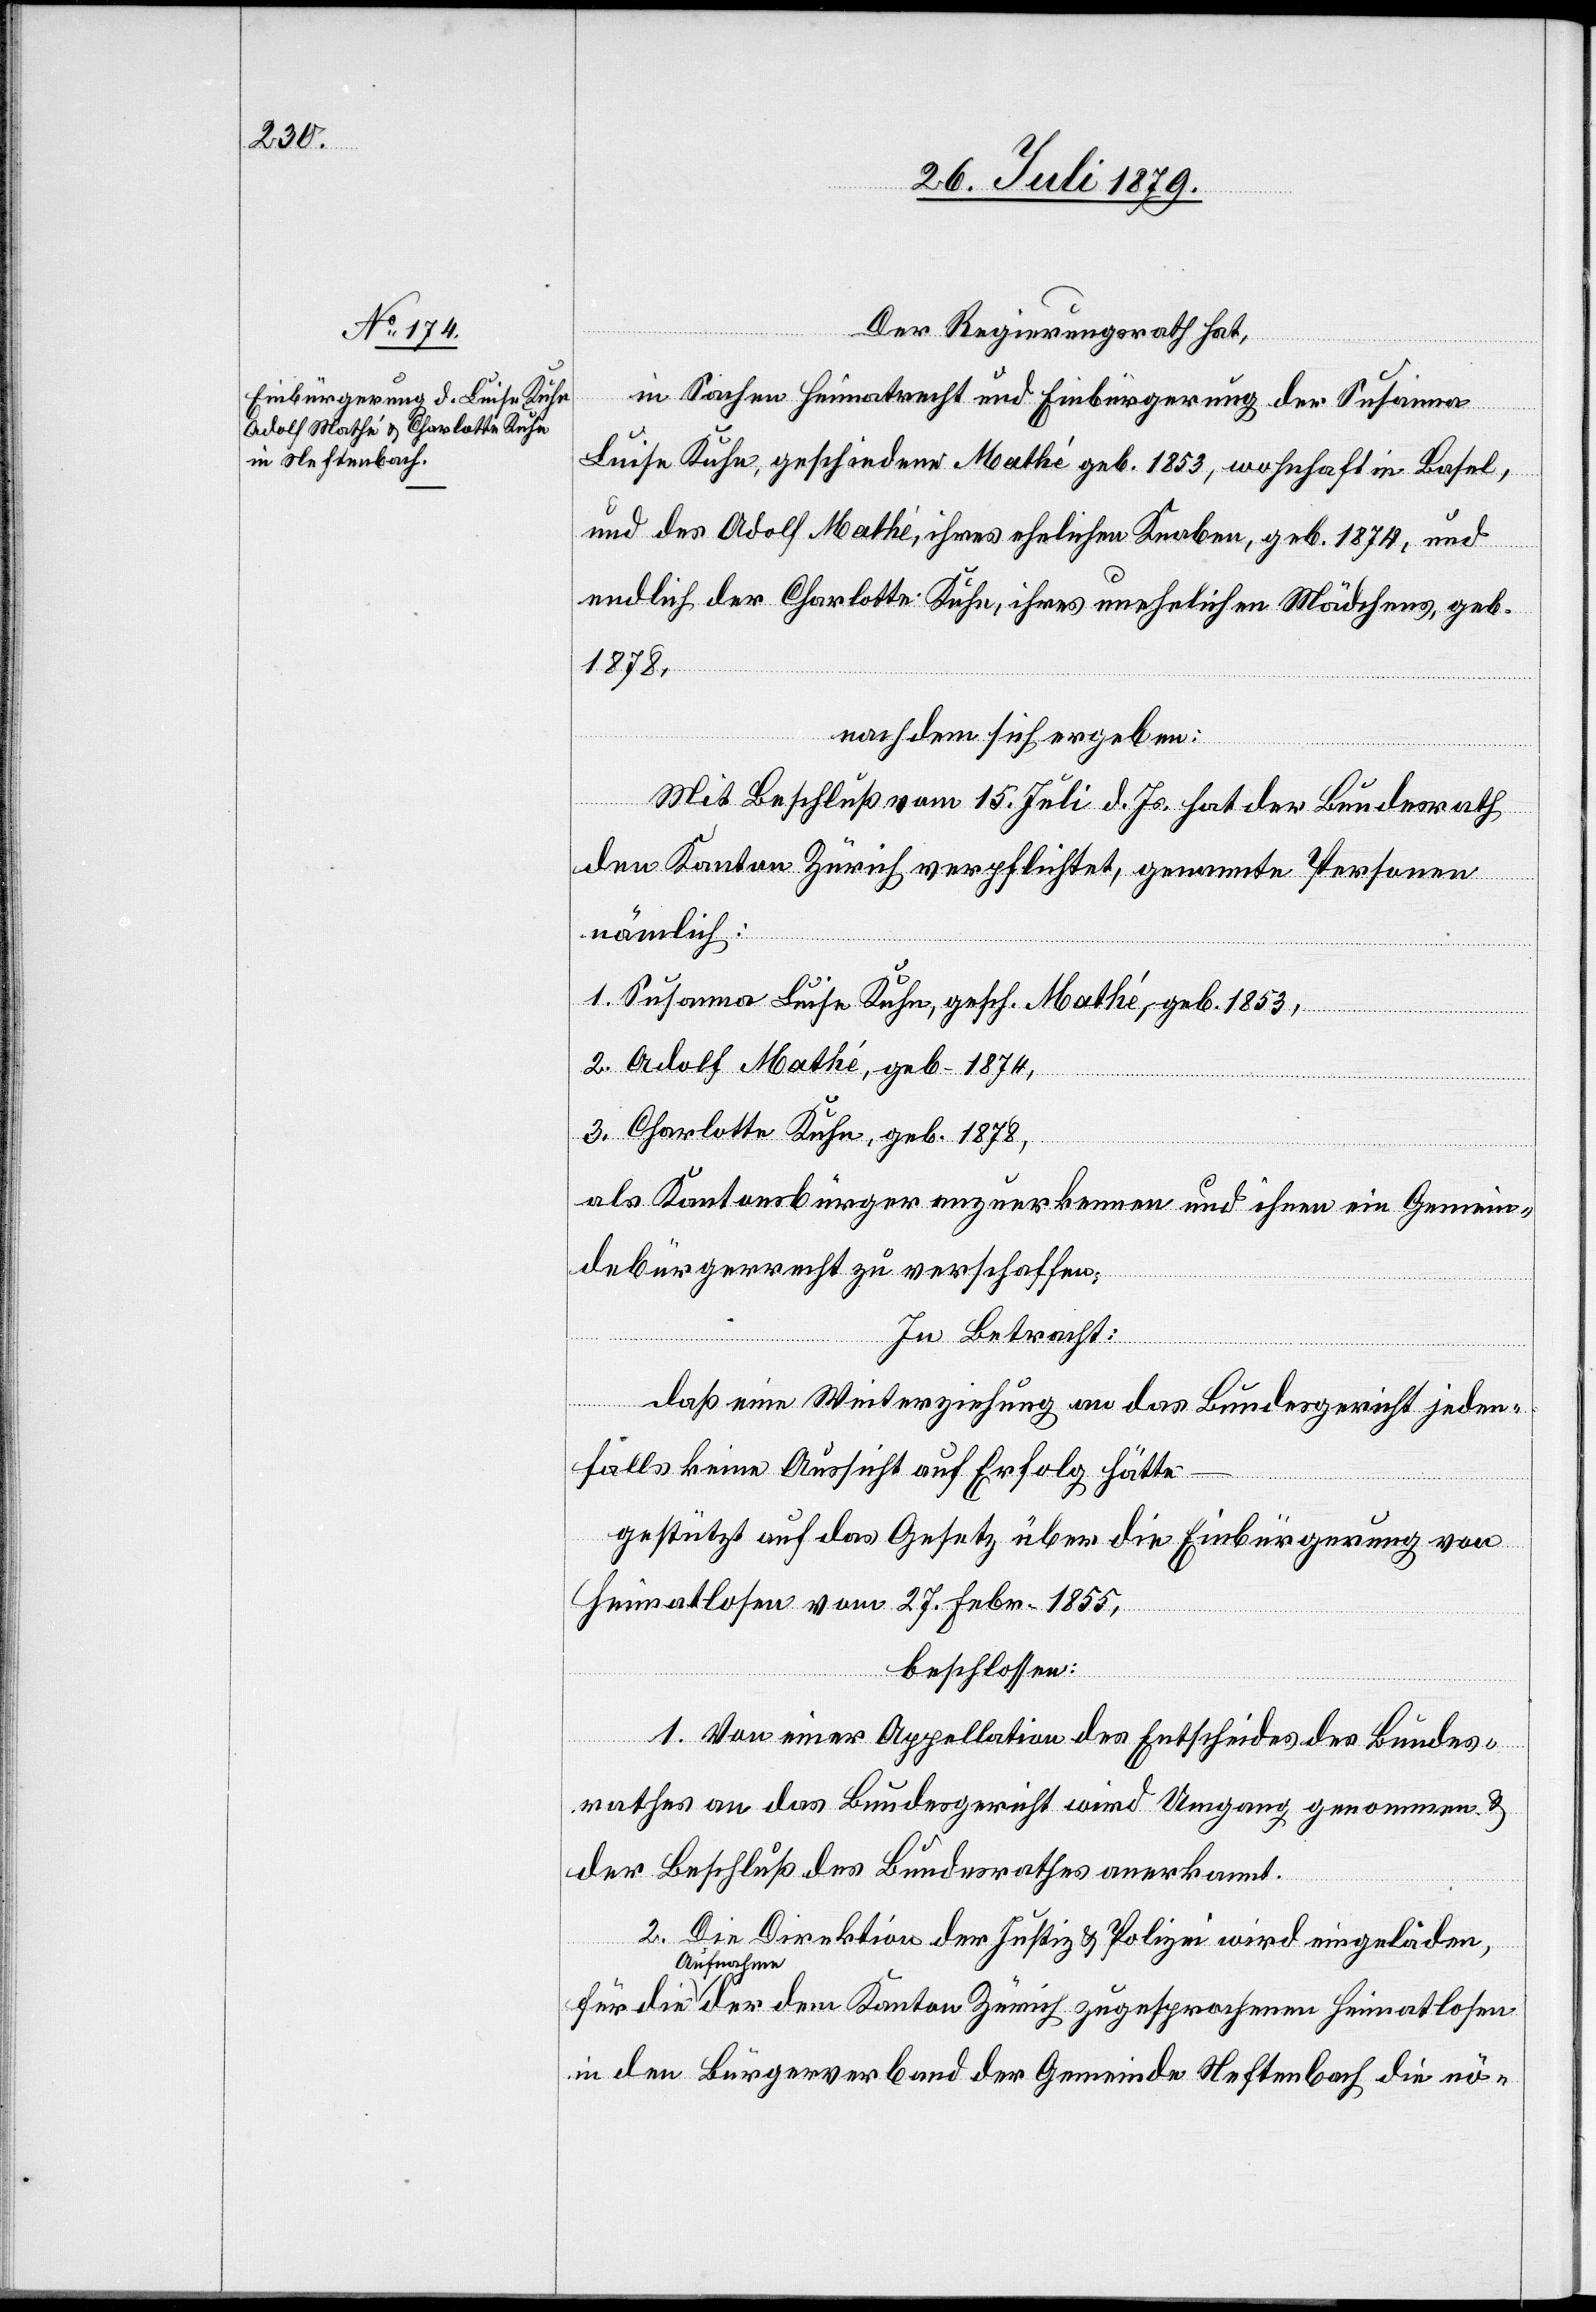
Der Regierungsrath hat,
in Sachen Heimatrecht und Einbürgerung der Susanna
Luise Kuhn, geschiedene Mathé geb. 1853, wohnhaft in Basel,
und des Adolf Mathé, ihres ehelichen Knaben, geb. 1874, und
Heimatlosen
endlich der Charlotte Kuhn, ihres unehelichen Mädchens, geb.
1878,
nachdem sich ergeben:
Mit Beschluß vom 15. Juli d. Js. hat der Bundesrath
den Kanton Zürich verpflichtet, genannte Personen
nämlich:
1. Susanna Luise Kuhn, gesch. Mathé, geb. 1853,
2. Adolf Mathé, geb. 1874,
3. Charlotte Kuhn, geb. 1878,
als Kantonsbürger anzuerkennen und ihnen ein Gemein¬
debürgerrecht zu verschaffen.
In Betracht:
daß eine Weiterziehung an das Bundesgericht jeden¬
falls keine Aussicht auf Erfolg hätte
gestützt auf das Gesetz über die Einbürgerung von
Heimatlosen vom 27. Febr. 1855,
beschlossen:
der
die
1. Von einer Appellation des Entscheides des Bundes¬
rathes an das Bundesgericht wird Umgang genommen &
der Beschluß des Bundesrathes anerkannt.
2. Die Direktion der Justiz & Polizei wird eingeladen,
Aufnahmen
in den Bürgerverband der Gemeinde Neftenbach die nö-